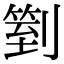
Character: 𠟅